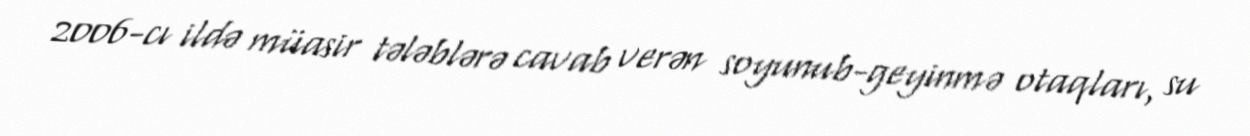
2006-cı ildə müasir tələblərə cavab verən soyunub-geyinmə otaqları, su